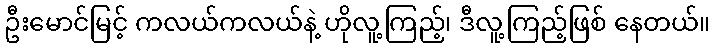
ဦးမောင်မြင့် ကလယ်ကလယ်နဲ့ ဟိုလူ့ကြည့်၊ ဒီလူ့ကြည့်ဖြစ် နေတယ်။